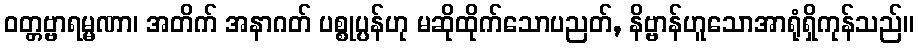
ဝတ္တဗ္ဗာရမ္မဏာ၊ အတိက် အနာဂတ် ပစ္စုပ္ပန်ဟု မဆိုထိုက်သောပညတ်, နိဗ္ဗာန်ဟူသောအာရုံရှိကုန်သည်။